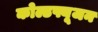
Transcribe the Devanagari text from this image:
कोल्डफ्यूजन